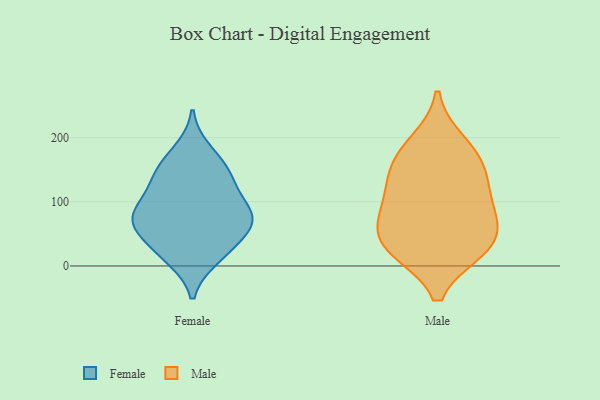
{"axis": {"x": "Population (Million)", "y": "Value"}, "legend": ["Female", "Male"], "data": [{"x": "", "y": 70, "type": "Female"}, {"x": "", "y": 180, "type": "Female"}, {"x": "", "y": 15, "type": "Female"}, {"x": "", "y": 121, "type": "Female"}, {"x": "", "y": 37, "type": "Female"}, {"x": "", "y": 75, "type": "Female"}, {"x": "", "y": 47, "type": "Female"}, {"x": "", "y": 143, "type": "Female"}, {"x": "", "y": 68, "type": "Female"}, {"x": "", "y": 137, "type": "Female"}, {"x": "", "y": 12, "type": "Female"}, {"x": "", "y": 78, "type": "Female"}, {"x": "", "y": 82, "type": "Female"}, {"x": "", "y": 156, "type": "Female"}, {"x": "", "y": 96, "type": "Female"}, {"x": "", "y": 156, "type": "Male"}, {"x": "", "y": 59, "type": "Male"}, {"x": "", "y": 78, "type": "Male"}, {"x": "", "y": 121, "type": "Male"}, {"x": "", "y": 28, "type": "Male"}, {"x": "", "y": 100, "type": "Male"}, {"x": "", "y": 162, "type": "Male"}, {"x": "", "y": 191, "type": "Male"}, {"x": "", "y": 32, "type": "Male"}, {"x": "", "y": 27, "type": "Male"}]}